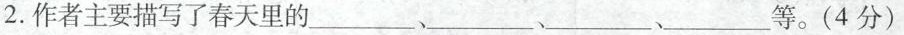
2.作者主要描写了春天里的___、___、___、___、等。(4分)